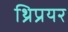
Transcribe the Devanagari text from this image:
थ्रिप्रयर